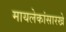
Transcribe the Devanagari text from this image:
मायलेकांसारखे